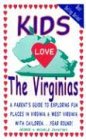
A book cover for Kids Love the Virginias: A Parent's Guide to Exploring Fun Places in Virginia & West Virginia with Children... Year Round; George Zavatsky; Travel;